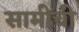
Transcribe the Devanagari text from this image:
सामीची